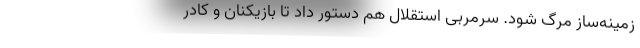
زمینه‌ساز مرگ شود. سرمربی استقلال هم دستور داد تا بازیکنان و کادر